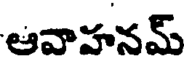
ఆవాహనమ్